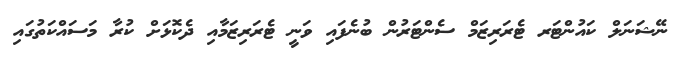
ނޭޝަނަލް ކައުންޓަރ ޓެރަރިޒަމް ސެންޓަރުން ބުނެފައި ވަނީ ޓެރަރިޒަމާއި ދެކޮޅަށް ކުރާ މަސައްކަތުގައި